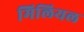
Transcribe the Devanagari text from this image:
मिलियल